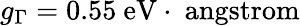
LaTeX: g_{\Gamma}=0.55~\mathrm{eV\cdot\ angstrom}